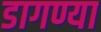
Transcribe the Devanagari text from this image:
डागण्या